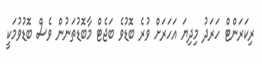
ރިކަރަންޓް ހަރަދު މިދިޔަ އަހަރަށް ވުރެ ބޮޑުވެ ބަޖެޓް މާބޮޑުތަނުން ވެސް ބޮޑުވުމަކީ